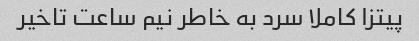
پیتزا کاملا سرد به خاطر نیم ساعت تاخیر